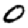
Digit: 0